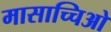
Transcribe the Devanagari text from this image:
मासाच्चिओ